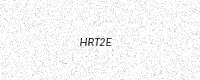
Text: HRT2E